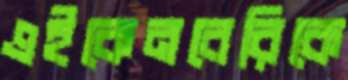
এইকেনবেরিকে